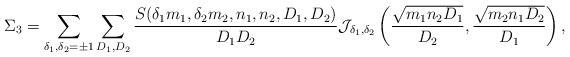
\begin{align*}\Sigma_{3} = \sum \limits_{\delta_1, \delta_2 = \pm 1} \sum \limits_{D_1, D_2} \frac{S(\delta_1 m_1, \delta_2 m_2, n_1, n_2, D_1, D_2)}{D_1 D_2} \mathcal{J}_{\delta_1, \delta_2} \left(\frac{\sqrt{m_1 n_2 D_1}}{D_2},\frac{\sqrt{m_2 n_1 D_2}}{D_1}\right),\end{align*}